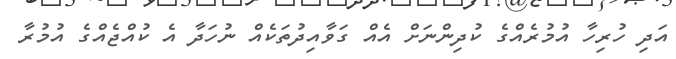
އަދި ހުރިހާ އުމުރެއްގެ ކުދިންނަށް އެއް ގަވާއިދުތަކެއް ނުހަދާ އެ ކުއްޖެއްގެ އުމުރާ